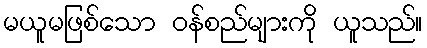
မယူမဖြစ်သော ဝန်စည်များကို ယူသည်။